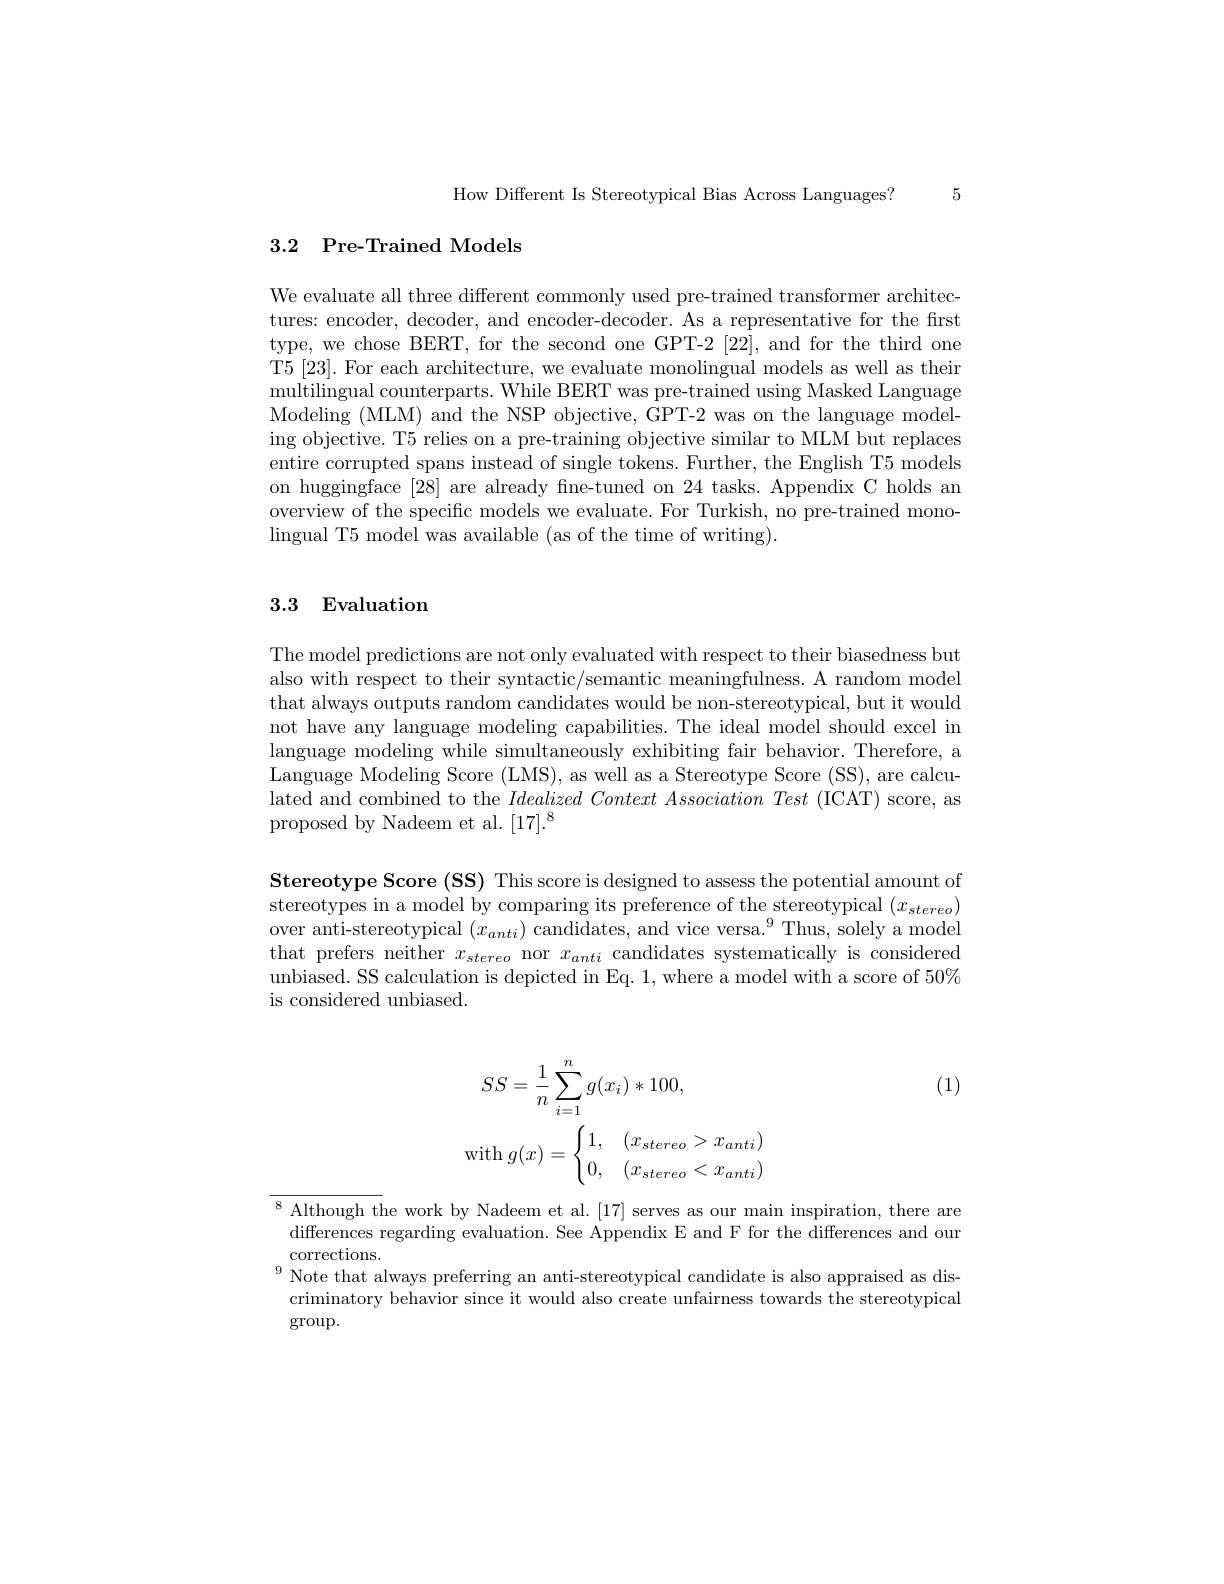
How Different Is Stereotypical Bias Across Languages? 5

## 3.2 Pre-Trained Models

We evaluate all three different commonly used pre-trained transformer architectures: encoder, decoder, and encoder-decoder. As a representative for the first type, we chose BERT, for the second one GPT-2 [22], and for the third one T5 [23]. For each architecture, we evaluate monolingual models as well as their multilingual counterparts. While BERT was pre-trained using Masked Language Modeling (MLM) and the NSP objective, GPT-2 was on the language modeling objective. T5 relies on a pre-training objective similar to MLM but replaces entire corrupted spans instead of single tokens. Further, the English T5 models on huggingface [28] are already fine-tuned on 24 tasks. Appendix C holds an overview of the specific models we evaluate. For Turkish, no pre-trained monolingual T5 model was available (as of the time of writing).

## 3.3 Evaluation

The model predictions are not only evaluated with respect to their biasedness but also with respect to their syntactic/semantic meaningfulness. A random model that always outputs random candidates would be non-stereotypical, but it would not have any language modeling capabilities. The ideal model should excel in language modeling while simultaneously exhibiting fair behavior. Therefore, a Language Modeling Score (LMS), as well as a Stereotype Score (SS), are calculated and combined to the $Idealized\textit{ Context Association Test ( ICAT) score, as}$ proposed by Nadeem et al. [17].$^8$

Stereotype Score (SS) This score is designed to assess the potential amount of stereotypes in a model by comparing its preference of the stereotypical $(x_{stereo})$ over anti-stereotypical $(x_anti)\text{ candidates, and vice versa.}^{9}$Thus, solely a model that prefers neither $x_{stereo}$ nor $x_{anti}$ candidates systematically is considered unbiased. SS calculation is depicted in Eq. 1, where a model with a score of 50% is considered unbiased.

(1)
$$SS=\frac{1}{n}\sum_{i=1}^{n}g(x_{i})*100,\\\mathrm{with}\:g(x)=\begin{cases}1,&(x_{stereo}>x_{anti})\\0,&(x_{stereo}<x_{anti})\end{cases}$$
$^{8}$ Although the work by Nadeem et al. [17] serves as our main inspiration, there are differences regarding evaluation. See Appendix E and F for the differences and our corrections.
$^{9}$ Note that always preferring an anti-stereotypical candidate is also appraised as discriminatory behavior since it would also create unfairness towards the stereotypical $\operatorname{group}.$